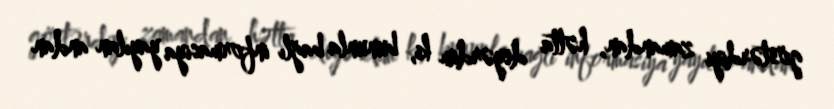
göstərdiyi zamandan, hətta deyərdim ki, bununla bağlı informasiya yayılan andan